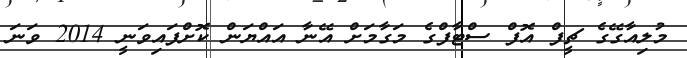
މުލިއާގޭގެ ޗީފް އޮފް ސްޓާފްގެ މަގާމަށް އޭނާ އައްޔަން ކޮށްފައިވަނީ 2014 ވަނަ